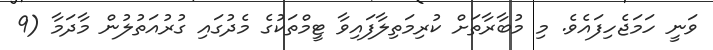
ވަނީ ހަމަޖެހިފައެވެ. މި މުބާރާތަށް ކުރިމަތިލާފައިވާ ޓީމްތަކުގެ މެދުގައި ގުރުއަތުލުން މާދަމާ (9